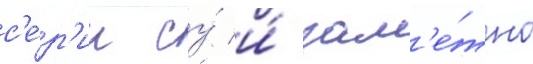
с'е́р'ии су́ и́ зам'е́тно